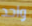
واحد